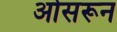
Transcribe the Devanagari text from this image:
ओसरून